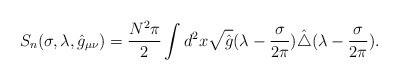
LaTeX: \begin{align*}S_{n}(\sigma,\lambda,\hat{g}_{\mu\nu})={N^2\pi\over 2}\int d^2x\sqrt{\hat{g}}(\lambda-{\sigma\over 2\pi})\hat{\triangle}(\lambda-{\sigma\over 2\pi}).\end{align*}